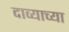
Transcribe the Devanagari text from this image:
दाव्याच्या